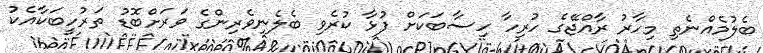
ބެލުމެއްނެތި މިހާރު ރާއްޖޭގެ ހުރިހާ ހިސާބަކަށް ފުޅާ ކުރެވި ބެލެނިވެރިންގެ ވަރަށްބޮޑު ތަރުހީބަކާއެކު